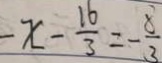
- x - \frac { 1 6 } { 3 } = - \frac { 8 } { 3 }